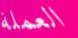
العملة